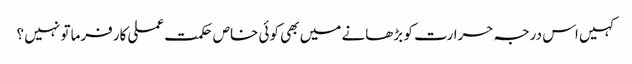
کہیں اس درجہ حرارت کو بڑھانے میں بھی کوئی خاص حکمت عملی کارفرما تو نہیں ؟